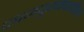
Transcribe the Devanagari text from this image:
कानपूरजवळील